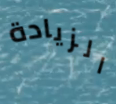
الزيادة